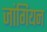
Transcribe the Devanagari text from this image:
जांगियन